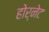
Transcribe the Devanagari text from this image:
होर्नेट